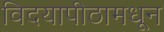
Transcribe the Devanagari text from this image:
विदयापीठामधून